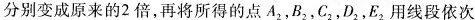
分别变成原来的2倍，再将所得的点A_{2}，B_{2}，C_{2}，D_{2}，E_{2}用线段依次